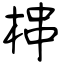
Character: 梙